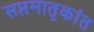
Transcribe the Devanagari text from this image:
सप्तमातृकांत